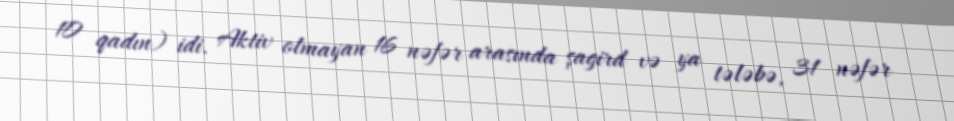
10 qadın) idi. Aktiv olmayan 16 nəfər arasında şagird və ya tələbə, 31 nəfər